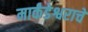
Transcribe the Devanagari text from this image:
मार्कंडेश्वराचे